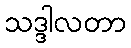
သဒ္ဒါလတာ